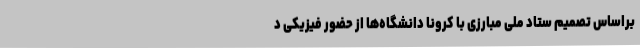
براساس تصمیم ستاد ملی مبارزی با کرونا دانشگاه‌ها از حضور فیزیکی د